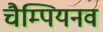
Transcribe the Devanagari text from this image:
चैम्पियनव